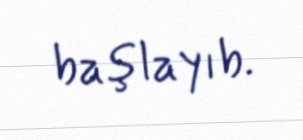
başlayıb.